Epidemic dropsy in Calcutta - Number 49
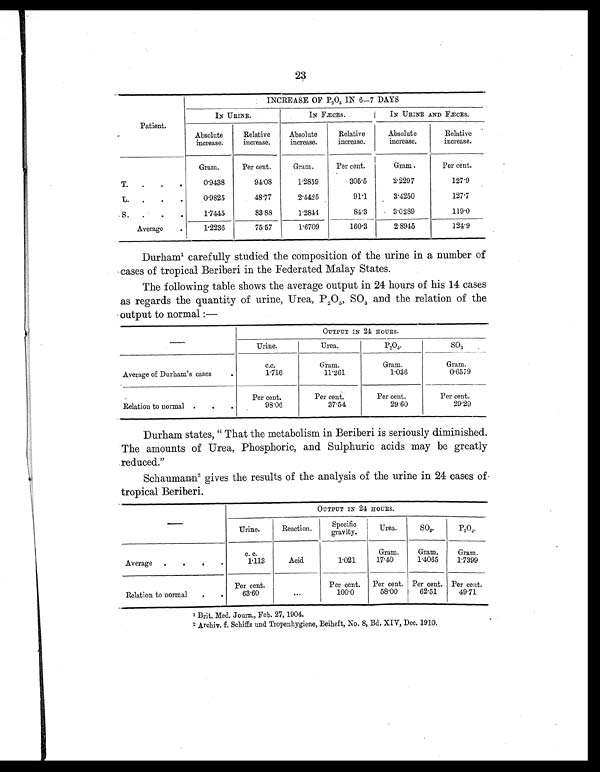
23
INCREASE OF P2O5 IN 6—7 DAYS
Patient.
IN URINE.
IN FÆCES.
IN URINE AND FÆCES.
Absolute
increase.
Relative
increase.
Absolute
increase.
Relative
increase.
Absolute
increase.
Relative
increase.
Gram.
Per cent.
Gram.
Per cent.
Gram.
Per cent.
T.
.
.
0.9438
94.08
1.2859
305.5
2.2297
127.9
L.
.
.
0.9825
48.77
2.4425
91.1
3.4250
127.7
S.
.
. .
1.7445
83.88
1.2844
84.3
3.0289
119.0
Average
.
1.2236
75.57
1.6709
160.3
2.8945
124.9
Durham1 carefully studied the composition of the urine in a number of
cases of tropical Beriberi in the Federated Malay States.
The following table shows the average output in 24 hours of his 14 cases
as regards the quantity of urine, Urea, P 2O5, SO 3 and the relation of the
output to normal :—
—
OUTPUT IN 24 HOURS.
Urine.
Urea.
P2O5.
SO3
Average of Durham's cases
.
c.c.
1.716
Gram.
11.261
Gram.
1.036
Gram.
0.6579
Relation to normal .
. .
Per cent.
98.06
Per cent.
37.54
Per cent.
29.60
Per cent.
29.29
Durham states, " That the metabolism in Beriberi is seriously diminished.
The amounts of Urea, Phosphoric, and Sulphuric acids may be greatly
reduced."
Schaumann2 gives the results of the analysis of the urine in 24 cases of
tropical Beriberi.
OUTPUT IN 24 HOURS.
—
Urine.
Reaction.
Speci fi c
gravity.
Urea.
SO3.
P2O5.
Average
.
.
. .
c. c.
1.113
Acid
1.021
Gram.
17.40
Gram.
1.4065
Gram.
1.7399
Relation to normal
. .
Per cent.
63.60
...
Per cent.
100.0
Per cent.
58.00
Per cent.
62.51
Per cent.
49.71
1B
r i t . M e d . J o u r n . , F e b . 2 7 , 1 9 0 4 .
2 Archiv. f. Schiffs and Tropenhygiene, Beiheft, No. 8, Bd. XIV, Dec. 1910.